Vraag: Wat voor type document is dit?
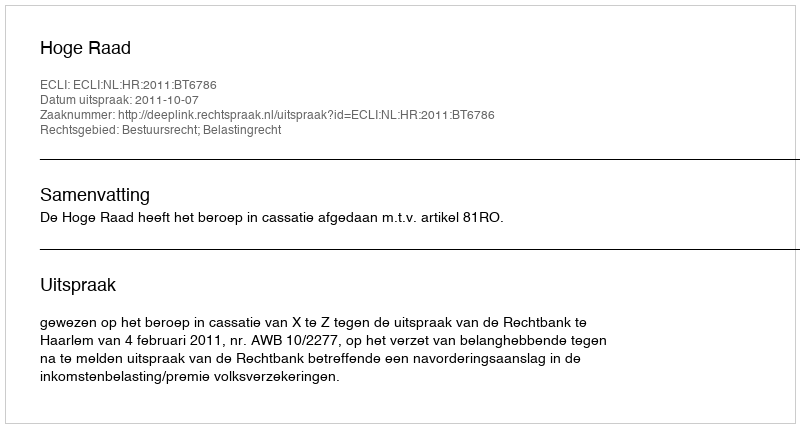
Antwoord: Uitspraak